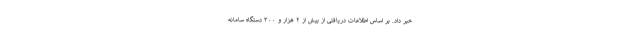
خبر داد. بر اساس اطلاعات دریافتی از بیش از ۲ هزار و ۳۰۰ دستگاه سامانه